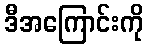
ဒီအကြောင်းကို